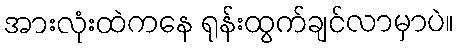
အားလုံးထဲကနေ ရုန်းထွက်ချင်လာမှာပဲ။